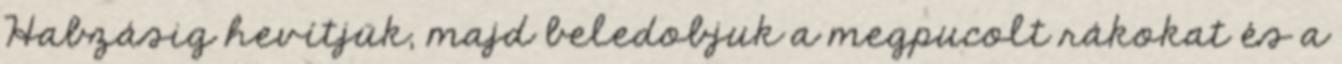
Habzásig hevítjük, majd beledobjuk a megpucolt rákokat és a